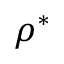
\rho ^ { * }